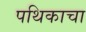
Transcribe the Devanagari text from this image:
पथिकाचा